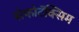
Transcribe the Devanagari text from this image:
सेफोटॅक्सिम